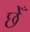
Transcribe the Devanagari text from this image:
छेँ